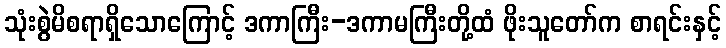
သုံးစွဲမိစရာရှိသောကြောင့် ဒကာကြီး-ဒကာမကြီးတို့ထံ ဖိုးသူတော်က စာရင်းနှင့်